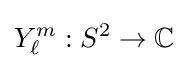
Y_{\ell }^{m}:S^{2}\to \mathbb {C}